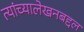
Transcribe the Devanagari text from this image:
त्यांच्यालेखनबद्दल